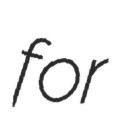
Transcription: for